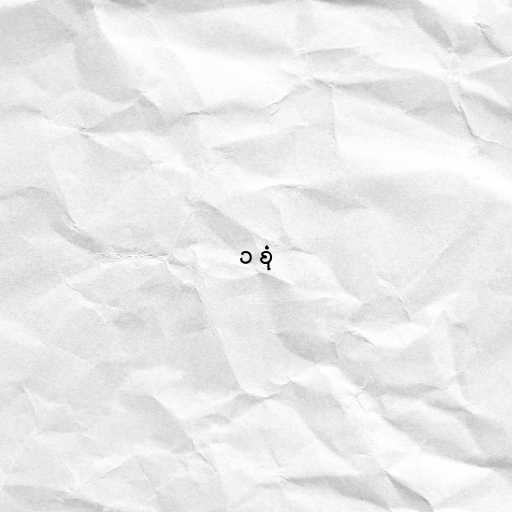
၁ စုံ